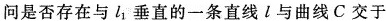
问是否存在与l垂直的一条直线l与曲线C交于